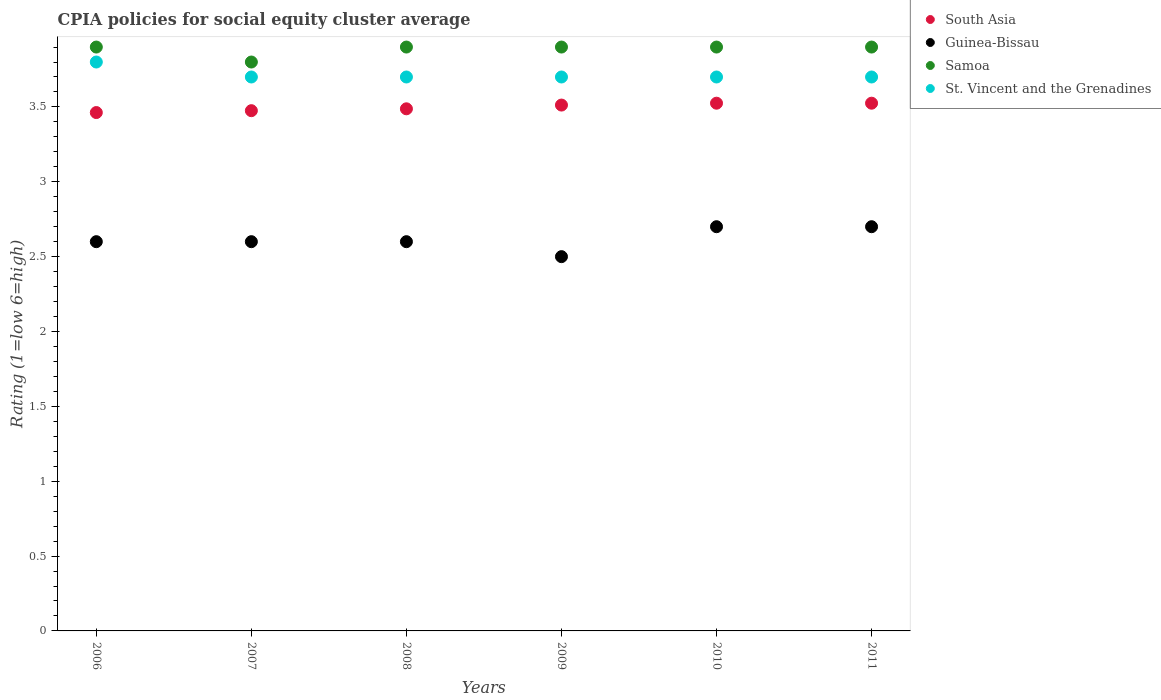
| Years | South Asia | Guinea-Bissau | Samoa | St. Vincent and the Grenadines |
 | --- | --- | --- | --- | --- |
 | 2006 | 3.46 | 2.6 | 3.9 | 3.8 |
 | 2007 | 3.48 | 2.6 | 3.8 | 3.7 |
 | 2008 | 3.49 | 2.6 | 3.9 | 3.7 |
 | 2009 | 3.51 | 2.5 | 3.9 | 3.7 |
 | 2010 | 3.52 | 2.7 | 3.9 | 3.7 |
 | 2011 | 3.52 | 2.7 | 3.9 | 3.7 |